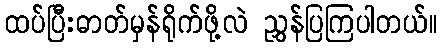
ထပ်ပြီးဓာတ်မှန်ရိုက်ဖို့လဲ ညွှန်ပြကြပါတယ်။